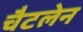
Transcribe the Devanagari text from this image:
चैटलेन